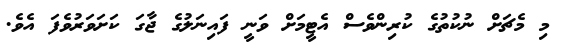
މި މެޗަށް ނުކުތުގެ ކުރިންވެސް އެޓީމަށް ވަނީ ފައިނަލުގެ ޖާގަ ކަށަވަރުވެފަ އެވެ.